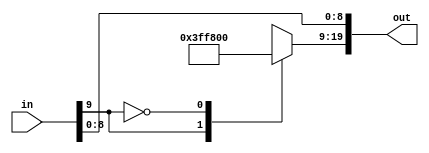
module signed_to_20b_signed(
	input [LENGTH-1:0] in,
	output reg [19:0] out
);

	parameter LENGTH = 10;

	always @(in) begin
		out[LENGTH-2:0] = in[LENGTH-2:0];
		case(in[LENGTH-1])
		1'b1:out[19:LENGTH-1] = -1;
		1'b0:out[19:LENGTH-1] = 0;
		endcase
	end

endmodule